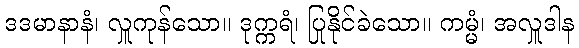
ဒဒမာနာနံ၊ လှူကုန်သော။ ဒုက္ကရံ၊ ပြုနိုင်ခဲသော။ ကမ္မံ၊ အလှူဒါန